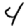
Digit: 4